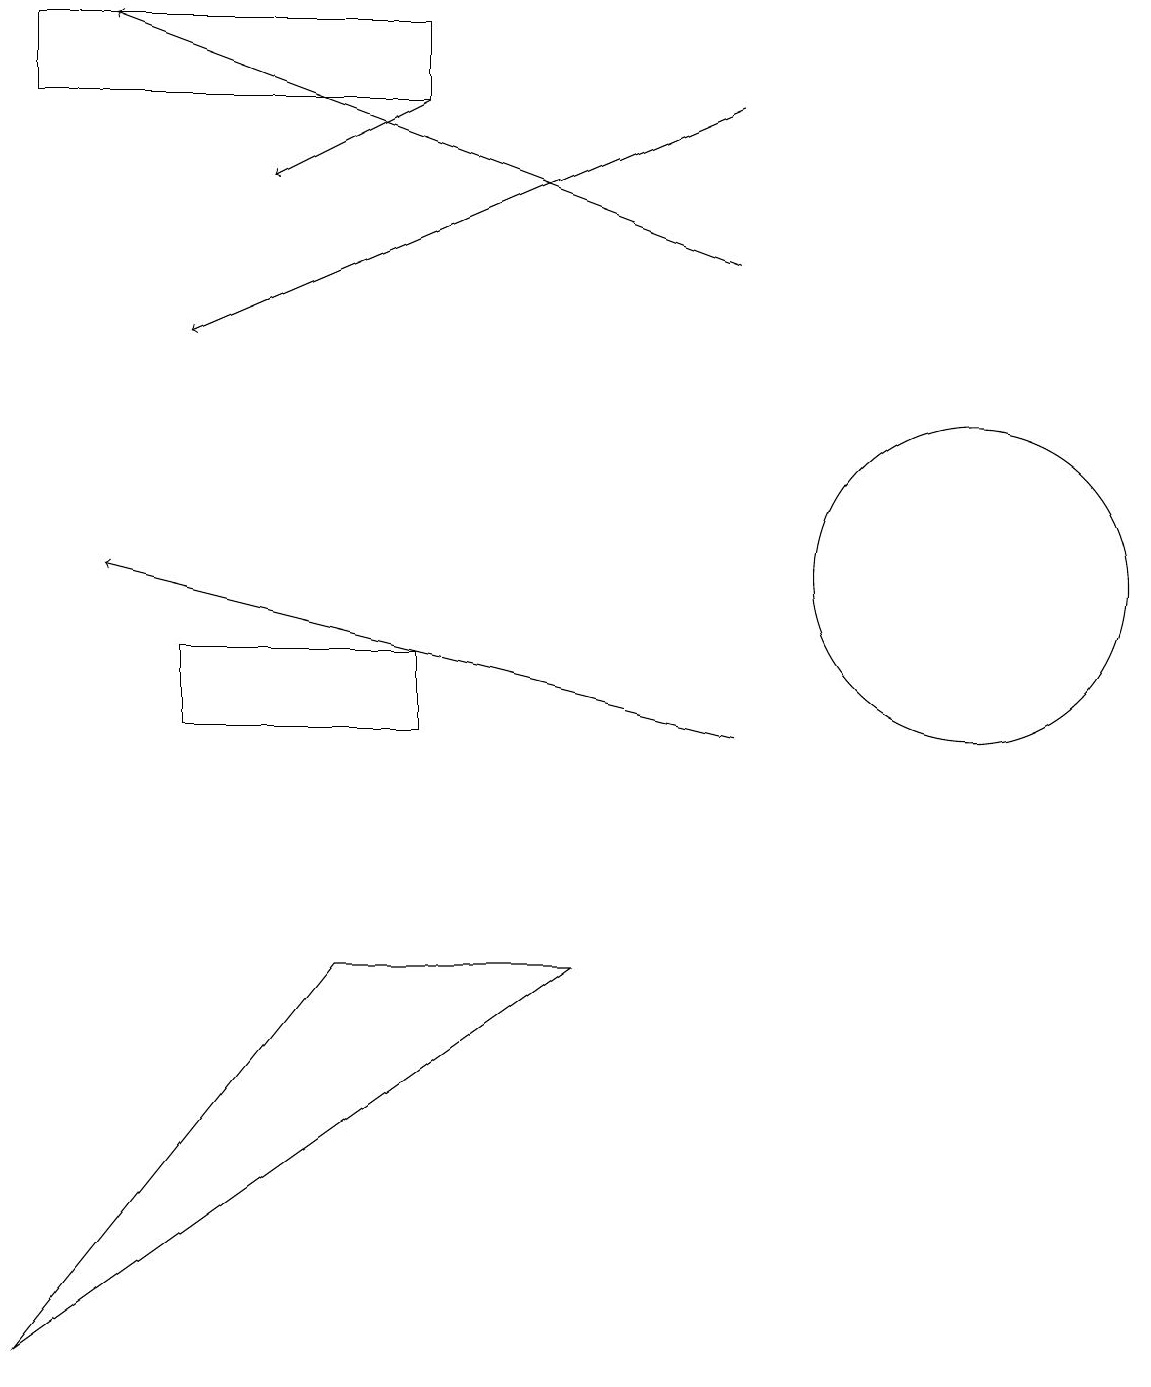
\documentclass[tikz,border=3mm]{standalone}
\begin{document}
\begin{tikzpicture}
\draw (5,18) rectangle (0,19);
\draw[->] (9,10) -- (1,12);
\draw (12,12) circle (2);
\draw (4,7) -- (0,2) -- (7,7) -- cycle;
\draw[->] (9,18) -- (2,15);
\draw (5,11) rectangle (2,10);
\draw[->] (9,16) -- (1,19);
\draw[->] (5,18) -- (3,17);
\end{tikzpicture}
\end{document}